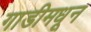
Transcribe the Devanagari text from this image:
गाडीमधून